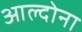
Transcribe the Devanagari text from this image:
आल्दोना